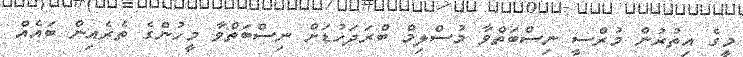
މީގެ އިތުރުން މުރްސީ ނިސްބަތްވާ މުސްލިމް ބްރަދަހުޑަށް ނިސްބަތްވާ މީހުންގެ ތެރެއިން ބައެއް